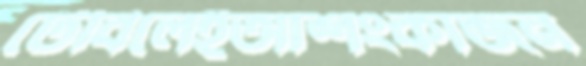
টেবিলেইআশংকাজন